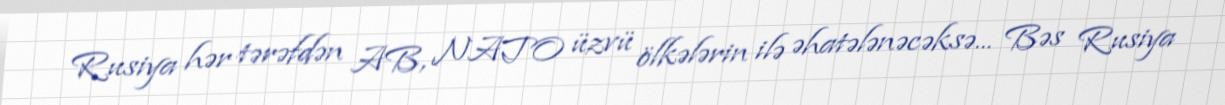
Rusiya hər tərəfdən AB, NATO üzvü ölkələrin ilə əhatələnəcəksə... Bəs Rusiya